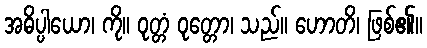
အဓိပ္ပါယော၊ ကို။ ဝုတ္တံ ဝုတ္တော၊ သည်။ ဟောတိ၊ ဖြစ်၏။